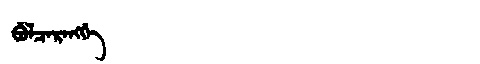
Manchu: ᠪᡠᠯᠴᠠᡵᠠᠩᡤᡝ
Romanization: BULCARANGGE